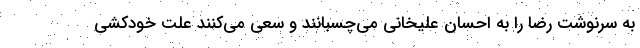
به سرنوشت رضا را به احسان علیخانی می‌چسبانند و سعی می‌کنند علت خودکشی